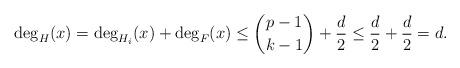
LaTeX: \begin{align*} \deg_H(x)=\deg_{H_i}(x)+\deg_F(x)\leq \binom{p-1}{k-1}+\frac{d}{2}\leq \frac{d}{2}+\frac{d}{2}=d.\end{align*}